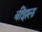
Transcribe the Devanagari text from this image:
बींझल